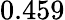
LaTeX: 0.459